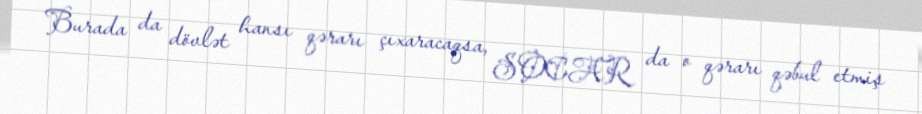
Burada da dövlət hansı qərarı çıxaracaqsa, SOCAR da o qərarı qəbul etmiş